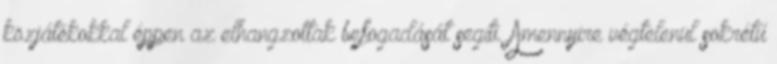
közjátékokkal éppen az elhangzottak befogadását segíti. Amennyire végtelenül sokrétű